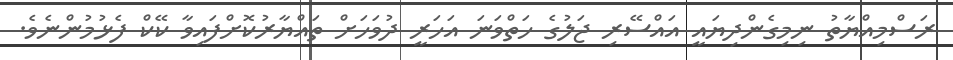
ރަސްމިއްޔާތު ނިމިގެންދިޔައީ އައްސޭރި ޖަލުގެ ހަތްވަނަ އަހަރީ ދުވަހަށް ތައްޔާރުކޮށްފައިވާ ކޭކް ފެޅުމުންނެވެ.